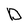
Character: D